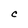
Character: C